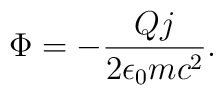
\Phi=-{{Qj}\over{2\epsilon_0mc^2}}.